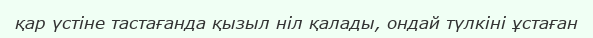
қар үстіне тастағанда қызыл ніл қалады, ондай түлкіні ұстаған